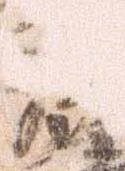
教